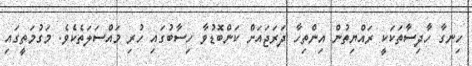
ހިނގާ ހާދިސާތަކަކީ ރައްޔިތުން އިންތިހާ ދަރަޖައަށް ކަންބޮޑުވާ ހިސާބުގައި ހުރި މައްސަލަތެކެވެ. މަގުމަތީގައި